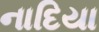
નાદિયા